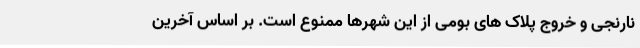
نارنجی و خروج پلاک‌ های بومی از این شهرها ممنوع است. بر اساس آخرین